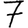
Digit: 7